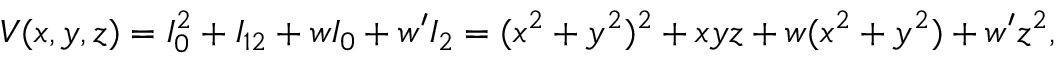
V ( x , y , z ) = I _ { 0 } ^ { 2 } + I _ { 1 2 } + w I _ { 0 } + w ^ { \prime } I _ { 2 } = ( x ^ { 2 } + y ^ { 2 } ) ^ { 2 } + x y z + w ( x ^ { 2 } + y ^ { 2 } ) + w ^ { \prime } z ^ { 2 } ,